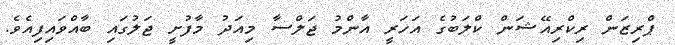
ޕްރިޒަން ރިކްރިއޭޝަން ކްލަބުގެ އަހަރީ އާންމު ޖަލްސާ މިއަދު މާފުށީ ޖަލުގައި ބާއްވައިފިއެވެ.